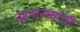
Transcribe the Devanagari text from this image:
वहनानासाठी